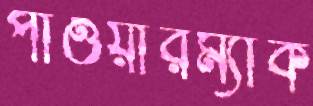
পাওয়ারম্যাক